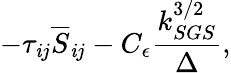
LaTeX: -\tau_{\mathit{i}j}\overline{{{S}}}_{\mathit{i}j}-C_{\epsilon}\frac{{k_{SGS}^{3/2}}}{{\Delta}},